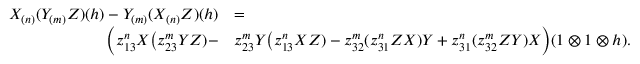
\begin{array} { r l } { X _ { ( n ) } ( Y _ { ( m ) } Z ) ( h ) - Y _ { ( m ) } ( X _ { ( n ) } Z ) ( h ) } & { = } \\ { \bigg ( z _ { 1 3 } ^ { n } X \big ( z _ { 2 3 } ^ { m } Y Z ) - } & { z _ { 2 3 } ^ { m } Y \big ( z _ { 1 3 } ^ { n } X Z ) - z _ { 3 2 } ^ { m } ( z _ { 3 1 } ^ { n } Z X ) Y + z _ { 3 1 } ^ { n } ( z _ { 3 2 } ^ { m } Z Y ) X \bigg ) ( 1 \otimes 1 \otimes h ) . } \end{array}